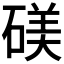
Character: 𬒙